Vaccination report Assam 1896-1927 - 1896-1927
Year: 1896
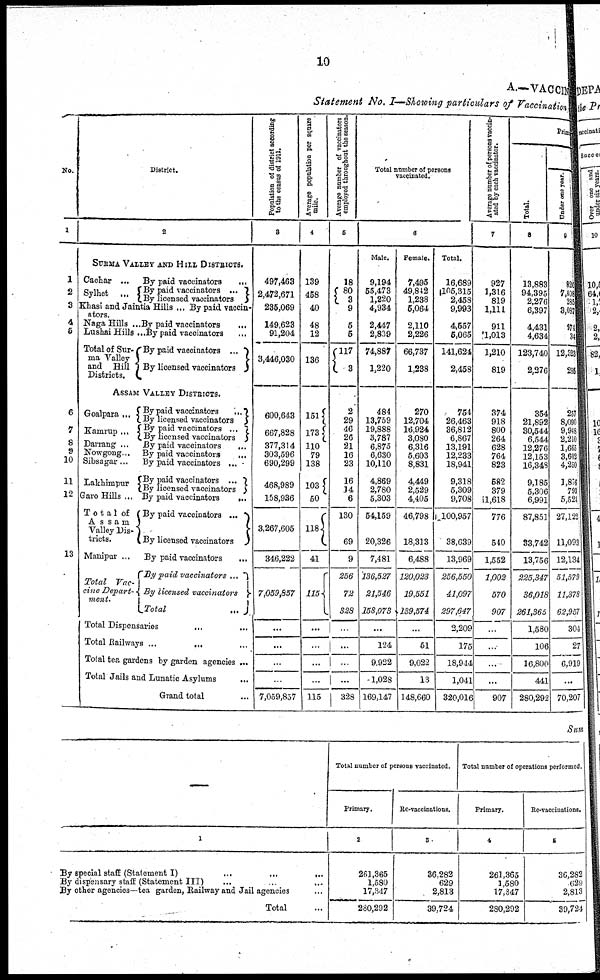
10
A.—VACCINE
Statement No. I—Showing particulars of Vaccination
No.
1
1
2
3
4
5
6
7
8
9
10
11
12
13
District.
2
SURMA VALLEY AND HILL DISTRICTS.
Cachar ...
Sylhet ...
By paid vaccinators
...
By paid vaccinators ...
By licensed vaccinators
Khasi and Jaintia Hills ... By paid vaccin¬
ators.
Naga Hills ...
Lushai Hills ...
Total of Sur¬
ma Valley
and Hill
Districts.
By paid vaccinators
...
By paid vaccinators
...
By paid vaccinators ...
By licensed vaccinators
ASSAM VALLEY DISTRICTS.
Goalpara...
Kamrup ...
Darrang ...
Nowgong ..
Sibsagar ...
Lakhimpur
Garo Hills ...
Tota1 of
Assam
Valley Dis¬
tricts.
Manipur ...
Total Vac¬
cine Depart¬
ment.
By paid vaccinators
...
By licensed vaccinators
By paid vaccinators ...
By licensed vaccinators
By paid vaccinators
...
By paid vaccinators
...
By paid vaccinators
...
By paid vaccinators ...
By licensed vaccinators
By paid vaccinators
...
By paid vaccinators ...
By licensed vaccinators
By paid vaccinators
...
By paid vaccinators ...
By licensed vaccinators
Total
...
Total Dispensaries
...
Total Railways ...
... ...
Total tea gardens by garden agencies ...
Total Jails and Lunatic Asylums
...
Grand total ...
Population of district according
to the census of 1911.
3
497,463
2,472,671
235,069
149,623
91,204
3,446,030
600,643
667,828
377,314
303,596
690,299
468,989
158,936
3,267,605
346,222
7,059,857
...
...
...
...
7,059,857
Average population per square
mile.
4
139
458
40
48
12
136
151
173
110
79
138
103
50
118
41
115
...
...
...
115
Average number of vaccinators
employed throughout the season.
5
18
80
3
9
5
5
117
3
2
29
46
26
21
16
23
16
14
6
130
69
9
256
72
328
...
...
...
...
328
Total number of persons
vaccinated.
6
Male.
9,194
55,473
1,220
4,934
2,447
2,839
74,887
1,220
484
13,759
19,888
3,787
6,875
6,630
10,110
4,869
2,780
5,303
54,159
20,326
7,481
136,527
21,546
158,073
...
124
9,922
1,028
169,147
Female.
7,495
49,842
1,238
5,064
2,110
2,226
66,737
1,238
270
12,704
16,924
3,080
6,316
5,603
8,831
4,449
2,529
4,405
46,798
18,313
6,488
120,023
19,551
139,574
...
51
9,022
13
148,660
Total.
16,689
105,315
2,458
9,993
4,557
5,065
141,624
2,458
754
26,463
36,812
6,867
13,191
12,233
18,941
9,318
5,309
9,708
100,957
38,639
13,969
256,550
41,097
297,647
2,209
175
18,944
1,041
320,016
Average number of persons vaccin-
ated by each vaccinator.
7
927
1,316
819
1,111
911
1,013
1,210
819
374
918
800
264
628
764
823
582
379
1,618
776
540
1,552
1,002
570
907
...
...
...
...
907
Primary
Total.
8
13,883
94,395
2,276
6,397
4,431
4,634
123,740
2,276
354
21,892
30,544
6,544
12,276
12,153
16,348
9,185
5,306
6,991
87,851
33,742
13,756
225,347
36,018
261,365
1,580
106
16,800
441
280,292
Under one year.
9
820
7,408
285
3,087
974 34
12,323
285
257
8,090
9,918
2,210
1,665
3,602
4,250
1,876
793
5,524
27,122
11,093
12,134
51,579
11,378
62,957
304
27
6,919
...
70,207
Sum
—
1
By special staff (Statement I)
...
...
...
By dispensary staff (Statement III)
...
...
...
By other agencies—tea garden, Railway and Jail agencies ...
Total ...
Total number of persons vaccinated.
Primary.
2
261,365
1,580
17,347
280,292
Re-vaccinations.
3
36,282
629
2,813
39,724
Total number of operations performed.
Primary.
4
261,365
1,580
17,347
280,292
Re-vaccinations.
5
36,282
629
2,813
39,724